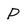
Character: P